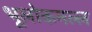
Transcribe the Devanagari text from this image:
भूलोकमल्ल